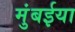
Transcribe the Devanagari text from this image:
मुंबईया